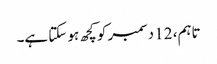
تاہم، 12 دسمبر کو کچھ ہو سکتا ہے۔